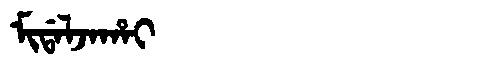
Manchu: ᠮᡳᡩᠠᠯᠵᠠᡥᠠᡳ
Romanization: MIDALJAHAI